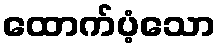
ထောက်ပံ့သော